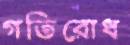
গতিরোধ